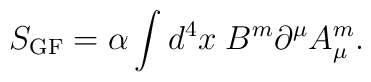
S_{\rm GF}=\alpha\int d^4x\;B^m\partial^\mu A^m_\mu.